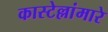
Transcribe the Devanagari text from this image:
कास्टेल्लांमारे